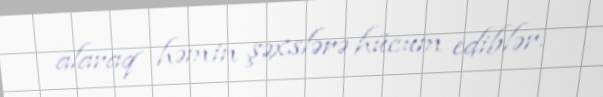
alaraq həmin şəxslərə hücum ediblər.